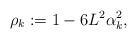
LaTeX: \begin{align*}\rho_k:=1-6L^2\alpha_{k}^2,\end{align*}